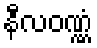
နီလဝဏ္ဏံ